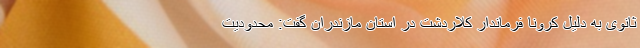
ثانوی به دلیل کرونا فرماندار کلاردشت در استان مازندران گفت: محدودیت